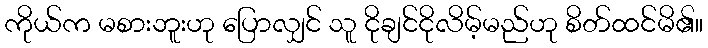
ကိုယ်က မစားဘူးဟု ပြောလျှင် သူ ငိုချင်ငိုလိမ့်မည်ဟု စိတ်ထင်မိ၏။